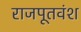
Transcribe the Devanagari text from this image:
राजपूतवंश